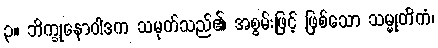
၃။ ဘိက္ခုနောဝါဒက သမုတ်သည်၏ အစွမ်းဖြင့် ဖြစ်သော သမ္မုတိကံ၊